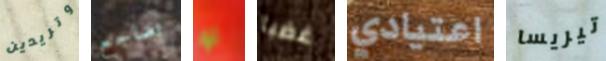
وتريدين تضاجع لو غضبا اعتيادي تيريسا